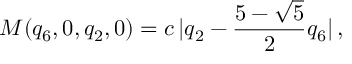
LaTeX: M ( { q _ { 6 } , 0 , q _ { 2 } , 0 } ) = c \, | q _ { 2 } - \frac { 5 - \sqrt { 5 } } { 2 } q _ { 6 } | \, ,